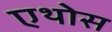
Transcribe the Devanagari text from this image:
एथोस